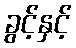
ခွင့်နှင့်